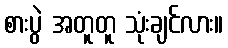
စားပွဲ အတူတူ သုံးချင်လား။